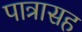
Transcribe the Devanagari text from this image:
पात्रासह